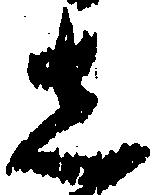
し